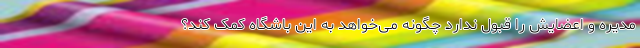
مدیره و اعضایش را قبول ندارد چگونه می‌خواهد به این باشگاه کمک کند؟